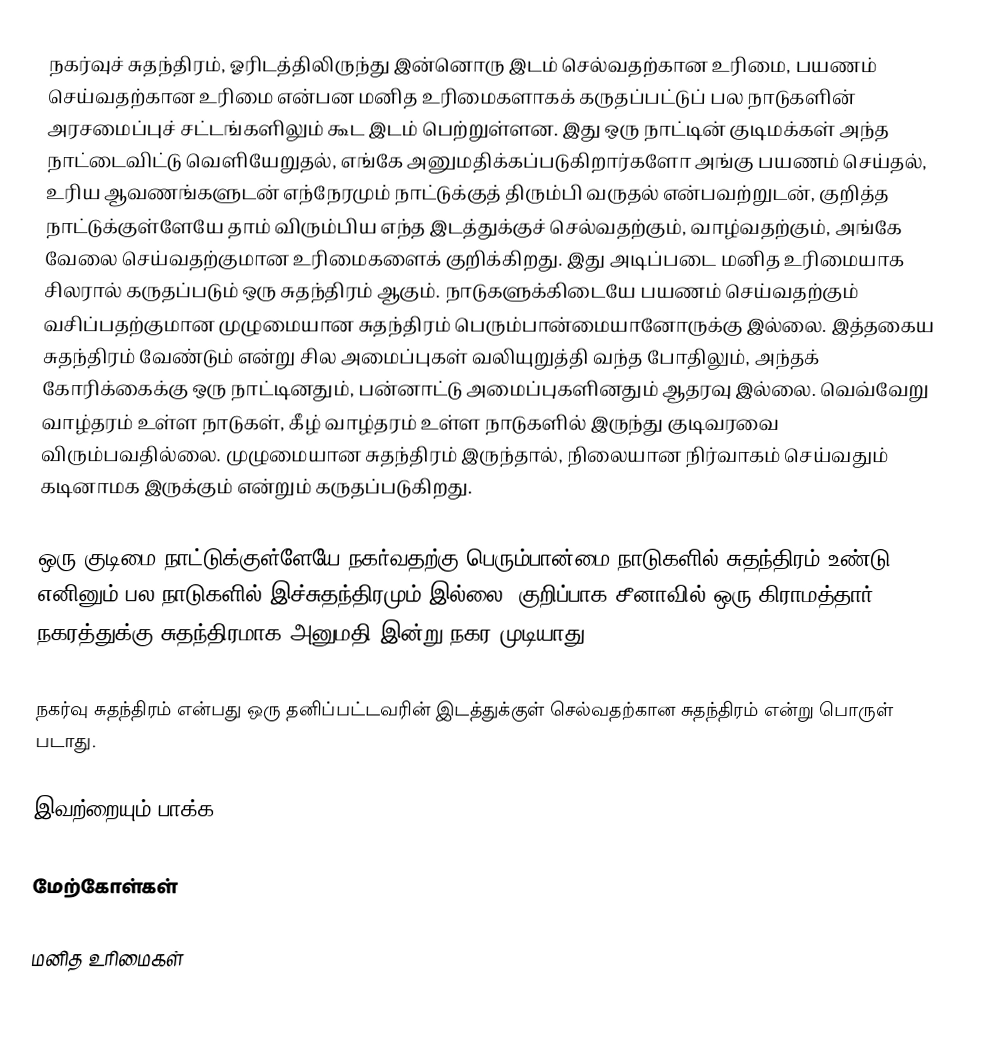
நகர்வுச் சுதந்திரம், ஓரிடத்திலிருந்து இன்னொரு இடம் செல்வதற்கான உரிமை, பயணம் செய்வதற்கான உரிமை என்பன மனித உரிமைகளாகக் கருதப்பட்டுப் பல நாடுகளின் அரசமைப்புச் சட்டங்களிலும் கூட இடம் பெற்றுள்ளன. இது ஒரு நாட்டின் குடிமக்கள் அந்த நாட்டைவிட்டு வெளியேறுதல், எங்கே அனுமதிக்கப்படுகிறார்களோ அங்கு பயணம் செய்தல், உரிய ஆவணங்களுடன் எந்நேரமும் நாட்டுக்குத் திரும்பி வருதல் என்பவற்றுடன், குறித்த நாட்டுக்குள்ளேயே தாம் விரும்பிய எந்த இடத்துக்குச் செல்வதற்கும், வாழ்வதற்கும், அங்கே வேலை செய்வதற்குமான உரிமைகளைக் குறிக்கிறது. இது அடிப்படை மனித உரிமையாக சிலரால் கருதப்படும் ஒரு சுதந்திரம் ஆகும். நாடுகளுக்கிடையே பயணம் செய்வதற்கும் வசிப்பதற்குமான முழுமையான சுதந்திரம் பெரும்பான்மையானோருக்கு இல்லை. இத்தகைய சுதந்திரம் வேண்டும் என்று சில அமைப்புகள் வலியுறுத்தி வந்த போதிலும், அந்தக் கோரிக்கைக்கு ஒரு நாட்டினதும், பன்னாட்டு அமைப்புகளினதும் ஆதரவு இல்லை. வெவ்வேறு வாழ்தரம் உள்ள நாடுகள், கீழ் வாழ்தரம் உள்ள நாடுகளில் இருந்து குடிவரவை விரும்பவதில்லை. முழுமையான சுதந்திரம் இருந்தால், நிலையான நிர்வாகம் செய்வதும் கடினாமக இருக்கும் என்றும் கருதப்படுகிறது.

ஒரு குடிமை நாட்டுக்குள்ளேயே நகர்வதற்கு பெரும்பான்மை நாடுகளில் சுதந்திரம் உண்டு. எனினும் பல நாடுகளில் இச்சுதந்திரமும் இல்லை. குறிப்பாக சீனாவில் ஒரு கிராமத்தார் நகரத்துக்கு சுதந்திரமாக அனுமதி இன்று நகர முடியாது.

நகர்வு சுதந்திரம் என்பது ஒரு தனிப்பட்டவரின் இடத்துக்குள் செல்வதற்கான சுதந்திரம் என்று பொருள் படாது.

இவற்றையும் பாக்க

மேற்கோள்கள்

மனித உரிமைகள்